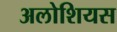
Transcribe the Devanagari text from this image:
अलोशियस